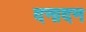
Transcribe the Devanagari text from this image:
दनादन